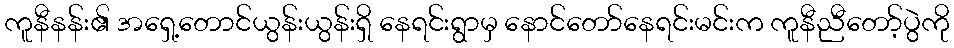
ကူနီနန်း၏ အရှေ့တောင်ယွန်းယွန်းရှိ နေရင်းရွာမှ နောင်တော်နေရင်းမင်းက ကူနီညီတော့်ပွဲကို